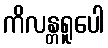
ကိလန္တရူပေါ